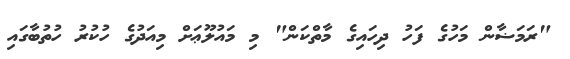
"ރަމަޟާން މަހުގެ ފަހު ދިހައިގެ މާތްކަން" މި މައުލޫޢަށް މިއަދުގެ ހުކުރު ހުތުބާގައި